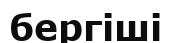
бергіші